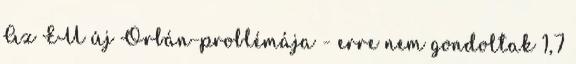
Az EU új Orbán-problémája - erre nem gondoltak 1,7